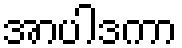
အာပါဒကာ